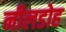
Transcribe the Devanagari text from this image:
नीलडोह